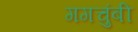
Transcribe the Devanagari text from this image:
गगचुंबी